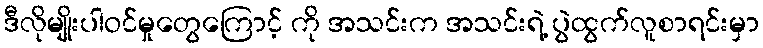
ဒီလိုမျိုးပါဝင်မှုတွေကြောင့် ကို အသင်းက အသင်းရဲ့ ပွဲထွက်လူစာရင်းမှာ